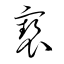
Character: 褻